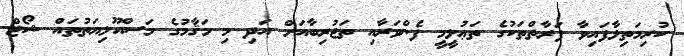
ކުރިމަތިލާފައިވާ ފަރާތްތަކުގެ ތަޢުލީމީ ފެންވަރާއި ތަޖުރިބާއަށް އަދި މި މަޤާމުގެ މަސްއޫލިޔަތުތައް ޝޯޓް